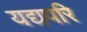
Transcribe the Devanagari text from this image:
यद्यपरि